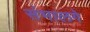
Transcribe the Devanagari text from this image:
संभालगे